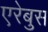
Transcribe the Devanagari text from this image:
एरेबुस